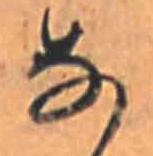
な